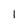
Character: I